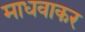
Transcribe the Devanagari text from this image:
माधवाकर